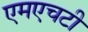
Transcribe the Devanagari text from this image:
एमएचटी